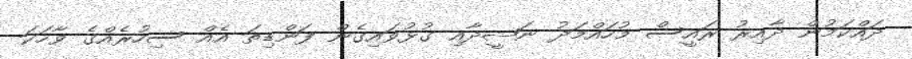
ދައްކަމުން ދާއިރު ރައީސް މުހައްމަދު ނަޝީދާއި ގުޅުވައިގެން ފަންޑިތަ އެއް ސިހުރެއްގެ ވާހަކަ